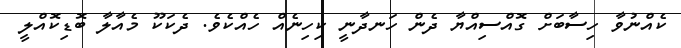
ކެއްނުވާ ހިސާބަށް ގޮއްސިއްޔާ ދެން ހަނދާނީ ކިހިނެއް ހެއްކެވެ. ދެކަކޫ މެއާލާ ބޮޑިކޮއްލީ